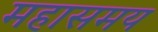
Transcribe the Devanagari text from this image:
महासमय